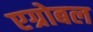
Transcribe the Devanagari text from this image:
एग्रोबल